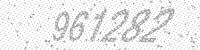
Solution: 961282